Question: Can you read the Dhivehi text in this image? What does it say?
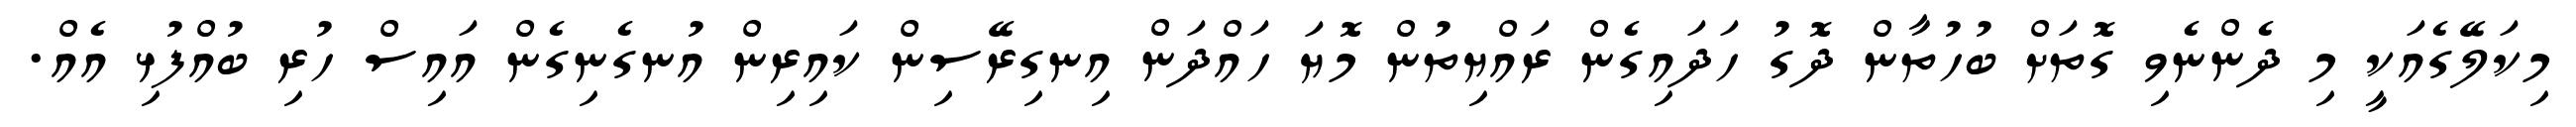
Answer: މިކަލޭގެއަކީ މި ދެންނެވި ގޮތަށް ބުހުތާން ދޮގު ހަދައިގެން ރައްޔިތުން މޮޔަ ހައްދަން އިނގިރޭސިން ކައިރިން އުނގެނިގެން އައިސް ހުރި ބުއްފުޅި އެއް.